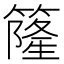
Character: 𥳌